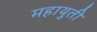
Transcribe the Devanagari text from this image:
महायुती